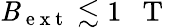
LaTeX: \mathit{B}_{\mathrm{{~e~x~t~}}}\lesssim1\mathrm{{~~~T~}}